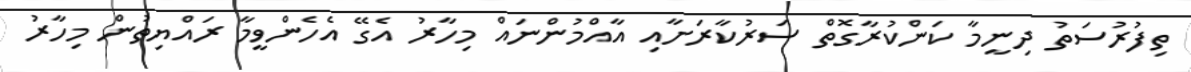
ތިފުރުސަތު ދިނީމާ ކަންކުރާގޮތް ސަރުކާރަށާއި އާއްމުންނައް މިހާރު އެގޭ އެހެންވީމާ ރައްޔިތުން މިހާރު